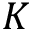
K